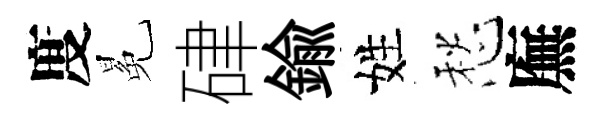
度冕硉鍮姓愁廡